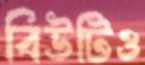
বিউটিও